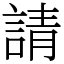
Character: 請